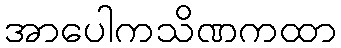
အာပေါကသိဏကထာ